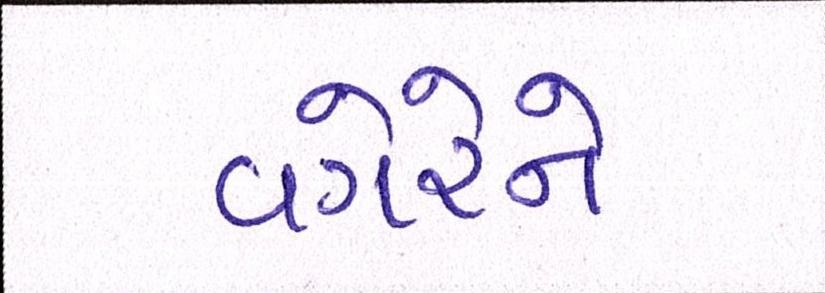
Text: વગેરેને